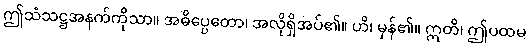
ဤသံသဋ္ဌအနက်ကိုသာ။ အဓိပ္ပေတော၊ အလိုရှိအပ်၏။ ဟိ၊ မှန်၏။ ဣတိ၊ ဤပထမ